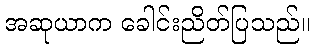
အဆုယာက ခေါင်းညိတ်ပြသည်။